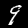
Digit: 9